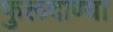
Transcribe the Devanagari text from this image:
फुलदाण्या